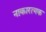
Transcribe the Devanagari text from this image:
नाकारत्मक